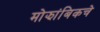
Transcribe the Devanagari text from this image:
मोझांबिकचे